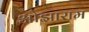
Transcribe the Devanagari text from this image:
ओझाराम